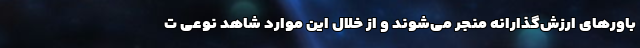
باورهای ارزش‌گذارانه منجر می‌شوند و از خلال این موارد شاهد نوعی ت